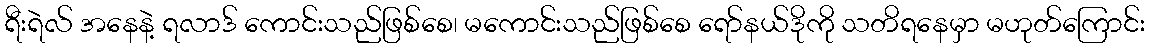
ရီးရဲလ် အနေနဲ့ ရလာဒ် ကောင်းသည်ဖြစ်စေ၊ မကောင်းသည်ဖြစ်စေ ရော်နယ်ဒိုကို သတိရနေမှာ မဟုတ်ကြောင်း